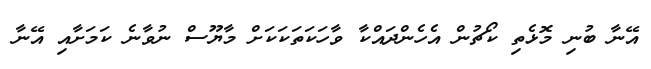
އޭނާ ބުނި މޮޅެތި ކޯޗުން އެހެންދައްކާ ވާހަކަތަކަކަށް މާޔޫސް ނުވާނެ ކަމަށާއި އޭނާ